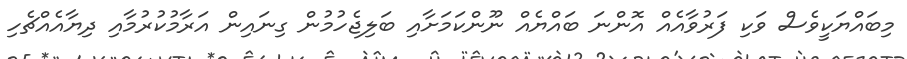
މިބައްޔަކީވެސް ވަކި ފަރުވާއެއް އޮންނަ ބައްޔެއް ނޫންކަމަށާއި ބަލިޖެހުމުން ގިނައިން އަރާމުކުރުމާއި ދިޔާއެއްޗެހި